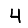
Digit: 4